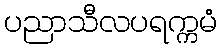
ပညာသီလပရက္ကမံ